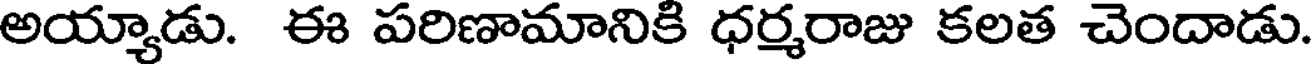
అయ్యాడు. ఈ పరిణామానికి ధర్మరాజు కలత చెందాడు.